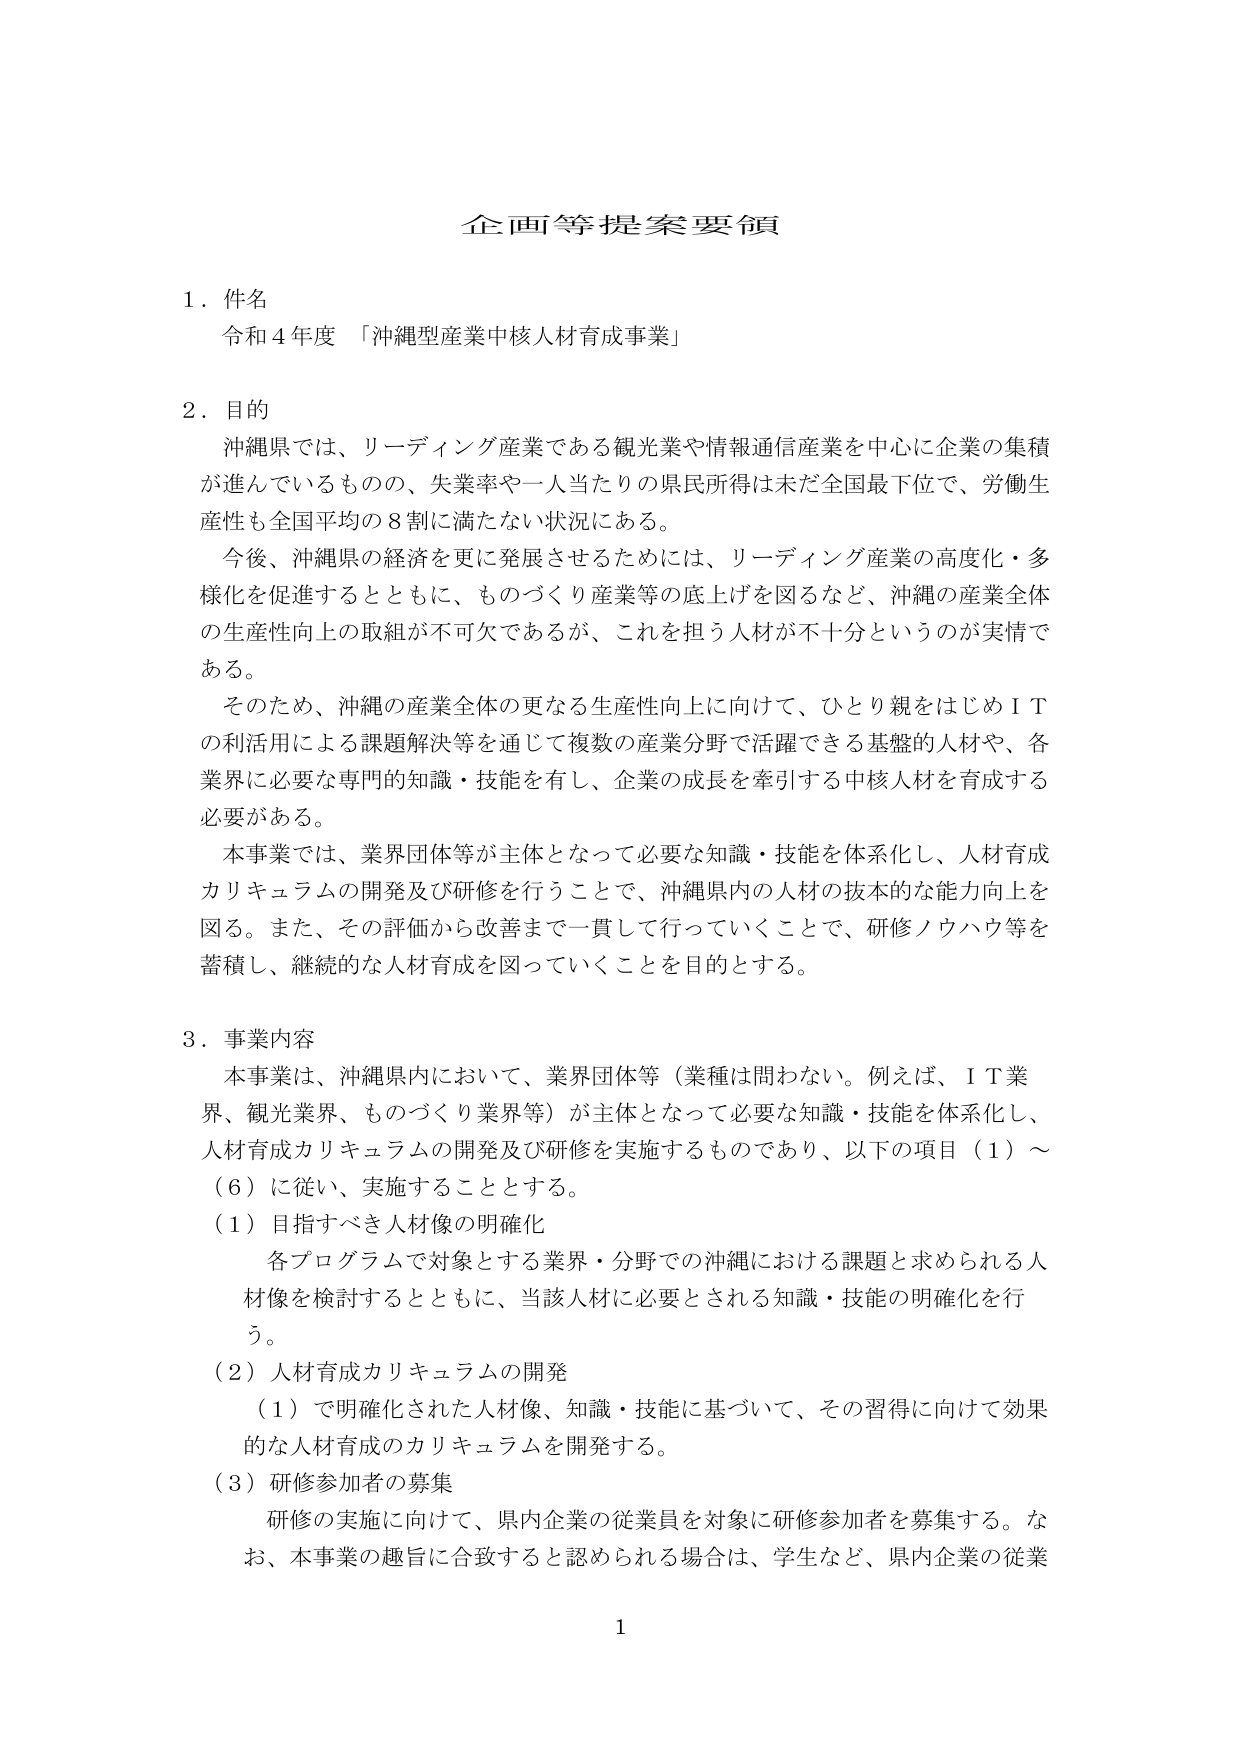
企画等提案要領

1．件名
令和4年度「沖縄型産業中核人材育成事業」

2．目的
沖縄県では、リーディング産業である観光業や情報通信産業を中心に企業の集積が進んでいるものの、失業率や一人当たりの県民所得は未だ全国最下位で、労働生産性も全国平均の8割に満たない状況にある。
今後、沖縄県の経済を更に発展させるためには、リーディング産業の高度化・多様化を促進するとともに、ものづくり産業等の底上げを図るなど、沖縄の産業全体の生産性向上の取組が不可欠であるが、これを担う人材が不十分というのが実情である。
そのため、沖縄の産業全体の更なる生産性向上に向けて、ひとり親をはじめＩＴの利活用による課題解決等を通じて複数の産業分野で活躍できる基盤的人材や、各業界に必要な専門的知識・技能を有し、企業の成長を牽引する中核人材を育成する必要がある。
本事業では、業界団体等が主体となって必要な知識・技能を体系化し、人材育成カリキュラムの開発及び研修を行うことで、沖縄県内の人材の技術的な能力向上を図る。また、その評価から改善まで一貫して行っていくことで、研修ノウハウ等を蓄積し、継続的な人材育成を図っていくことを目的とする。

3．事業内容
本事業は、沖縄県内において、業界団体等（業種は問わない。例えば、ＩＴ業界、観光業界、ものづくり業界等）が主体となって必要な知識・技能を体系化し、人材育成カリキュラムの開発及び研修を実施するものであり、以下の項目（1）～（6）に従い、実施することとする。
（1）目指すべき人材像の明確化
　各プログラムで対象とする業界・分野での沖縄における課題と求められる人材像を検討するとともに、当該人材に必要とされる知識・技能の明確化を行う。
（2）人材育成カリキュラムの開発
　（1）で明確化された人材像、知識・技能に基づいて、その習得に向けて効果的な人材育成のカリキュラムを開発する。
（3）研修参加者の募集
　研修の実施に向けて、県内企業の従業員を対象に研修参加者を募集する。なお、本事業の趣旨に合致すると認められる場合は、学生など、県内企業の従業

1